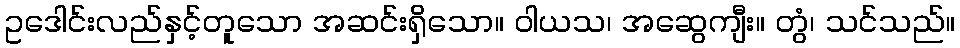
ဥဒေါင်းလည်နှင့်တူသော အဆင်းရှိသော။ ဝါယသ၊ အဆွေကျီး။ တွံ၊ သင်သည်။